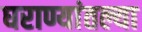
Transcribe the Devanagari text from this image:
घराण्यांतल्या